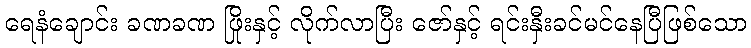
ရေနံချောင်း ခဏခဏ ဖြိုးနှင့် လိုက်လာပြီး ဇော်နှင့် ရင်းနှီးခင်မင်နေပြီဖြစ်သော